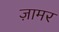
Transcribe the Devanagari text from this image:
ज़ामर